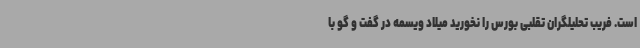
است. فریب تحلیلگران تقلبی بورس را نخورید میلاد ویسمه در گفت و گو با